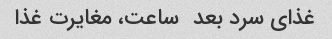
غذای سرد بعد  ساعت، مغایرت غذا